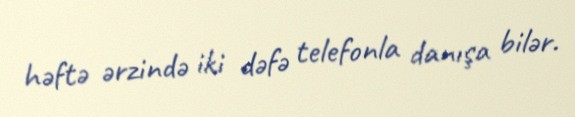
həftə ərzində iki dəfə telefonla danışa bilər.